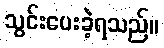
သွင်းပေးခဲ့ရသည်။